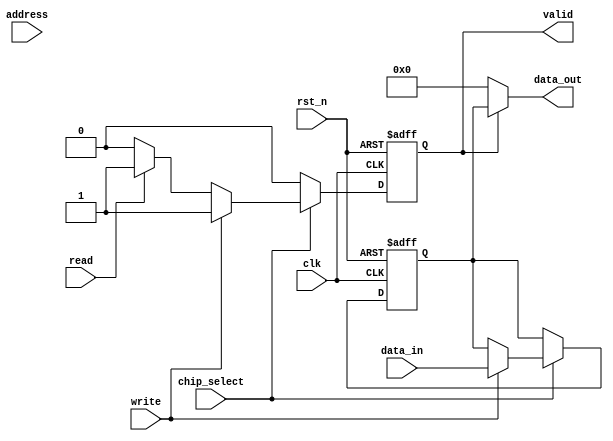
module IO_Block (
    input wire clk,                // System clock
    input wire rst_n,              // Reset (active low)
    input wire [N-1:0] data_in,    // Input data bus
    output wire [N-1:0] data_out,   // Output data bus
    input wire [A-1:0] address,     // Address bus
    input wire read,                // Read control signal
    input wire write,               // Write control signal
    input wire chip_select,         // Chip select signal
    output wire valid               // Data valid signal
);

// Parameters for data and address width
parameter N = 64; // Number of data bits
parameter A = 32; // Number of address bits

// Internal signals
reg [N-1:0] data_buffer;
reg valid_reg;

// I/O Buffer logic
always @(posedge clk or negedge rst_n) begin
    if (!rst_n) begin
        data_buffer <= 0;
        valid_reg <= 0;
    end else if (chip_select) begin
        if (write) begin
            data_buffer <= data_in; // Write data
            valid_reg <= 1;         // Set data valid
        end else if (read) begin
            valid_reg <= 1;         // Set data valid on read
        end else begin
            valid_reg <= 0;         // Clear valid if no operation
        end
    end else begin
        valid_reg <= 0;             // Clear valid if chip is not selected
    end
end

assign data_out = (valid_reg) ? data_buffer : {N{1'b0}}; // Output data
assign valid = valid_reg; // Output valid signal

endmodule